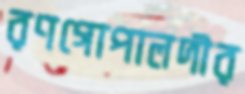
রণগোপালদীর